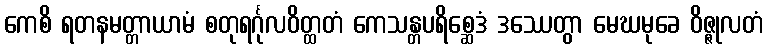
ကေစိ ရတနမတ္တာယာမံ စတုရင်္ဂုလဝိတ္ထတံ ကေသန္တပရိစ္ဆေဒံ ဒဿေတွာ မေဃမုခေ ဝိဇ္ဇုလတံ